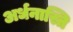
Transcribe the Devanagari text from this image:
अर्धनास्ति